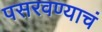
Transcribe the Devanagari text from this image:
पसरवण्याचं